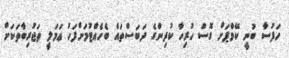
ހަފުސާ ބުނީ ކޭމްޕަށް ގޮސް ހުރިހާ ކުދިންގެ ދަބަސްތައް ބެހެއްޓުމަށްފަހު ޢަމަލީ ތަޖުރިބާތަކަށް